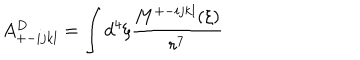
LaTeX: A _ { + - i j k l } ^ { D } = \int d ^ { 4 } \xi \frac { M ^ { + - i j k l } ( \xi ) } { r ^ { 7 } }